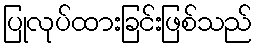
ပြုလုပ်ထားခြင်းဖြစ်သည်